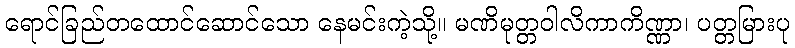
ရောင်ခြည်တထောင်ဆောင်သော နေမင်းကဲ့သို့။ မဏိမုတ္တဝါလိကာကိဏ္ဏာ၊ ပတ္တမြားပု